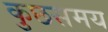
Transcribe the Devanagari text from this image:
कुछसमय